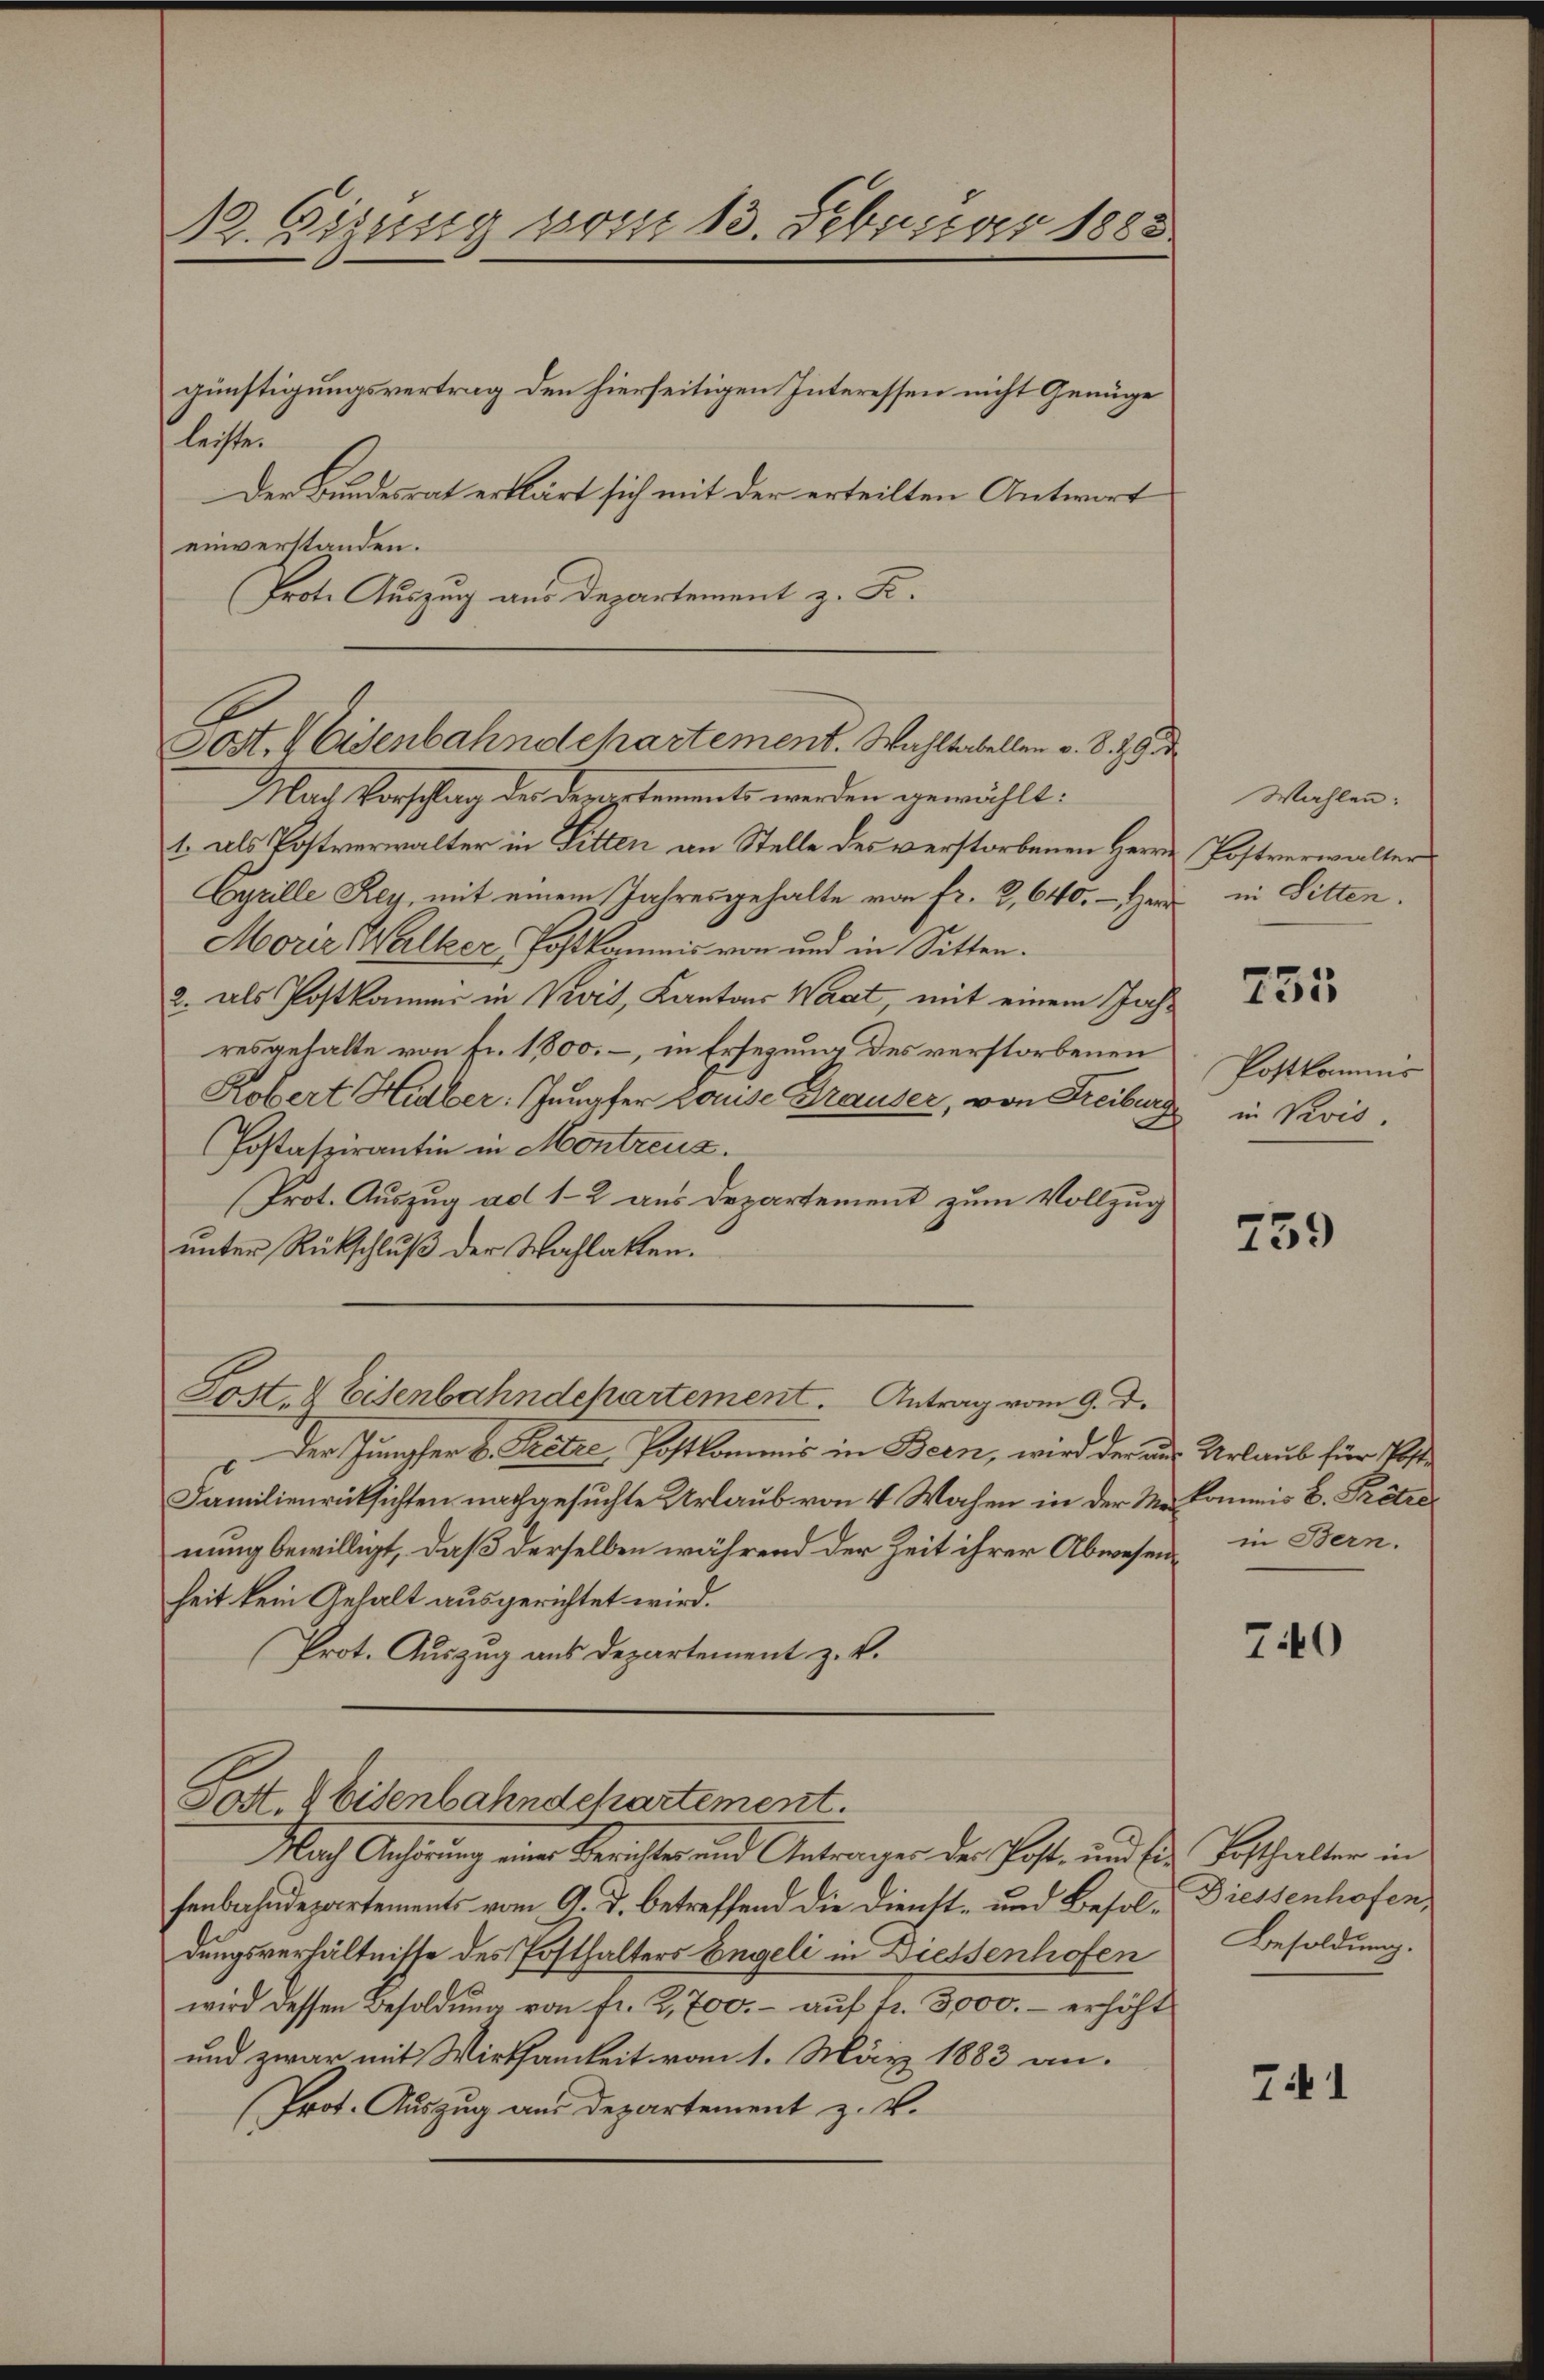
12. Aigung vom 13. Februar 1888

günstigungsvertrag den hierseitigen Interessen nicht Genüge
leiste.
Der Bundesrat erklärt sich mit der erteilten Antwort
einverstanden.
Prote Auszug aus Departement z. K.

.
Sost. Eisenbahndepartement. Wahltabellen v. 8. 19

Nach Vorschlag der devertements werden gewählt:
1. als Postverwalter in Sitten an Stelle des verstorbenen Herrn
Cyrille Rey, mit einem Jahresgehalte von Fr. 2, 640. - Her
Moriz Walker Loskommis von und in Sitten.
2. als Postkommis in Vevit, Kantons Waat mit einem Jahresgehalte von Fr. 1800.-, in Ersezung des verstorbenen
Kobert Hidber: Jungfer lause Brauser, von Freiburg
Postaspirantin in Montreux.
(Prot. Auszug ad 1-2 aus Departement zum Vollzug
unter Rückschluß der Wahlakten.
Post- & Eisenbahndepartement. Antrag vom 9. d.
Der Jungfer L. Kitze, Postkommis in Bern, wird der aus Urlaub für Poste
Familienrücksichten nachgesuchte Urlaub von 4 Wochen in der Menung bewilligt, daß derselben während der Zeit ihrer Abwesenheit kein Gehalt ausgerichtet wird.
Prot. Auszug aus Departement z. B.

Post. 4 bisenbahndchartement.
Nach Anhörung einer Berichtes und Antrager der Post- und sie Potthalter in

senbahndepartements vom 9. d. betreffend die Dienst- und Besol- Diessenhofen,
dungsverhältnisse des Posthalters Engeli in Diessenhofen
wird dessen Besoldung von fr. 2,700.- auf fr. 3,000.- erhöht
und zwar mit Wirksamkeit vom 1. März 1883 an.
Prot. Auszug an Departement z. v.

Wahlen.
Postverwalter
in Sitten.

Postkommis
in Revis

735

739

kommis B. Pretie
in Bern.

740

Besoldung

71